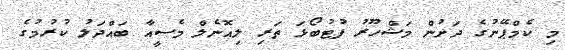
މި ކެމްޕޭނުގެ ދަށުން މަޝްހޫރު ފުޓުބޯޅަ ތަރި ލިއޮނެލް މެސީއާ ބައްދަލު ކުރުމުގެ